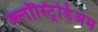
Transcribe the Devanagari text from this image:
क्लॉस्ट्रिडिअम